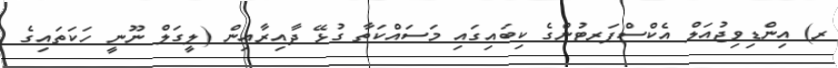
ރ) އިންޑިވިޖުއަލް އެކްސްޕަރޓުންގެ ކިބައިގައި މަސައްކަތާ ގުޅޭ ދާއިރާއިން (ލީގަލް ނޫނީ ހަކަތައިގެ